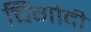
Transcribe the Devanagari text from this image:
चिंगोदी